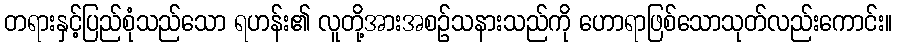
တရားနှင့်ပြည်စုံသည်သော ရဟန်း၏ လူတို့အားအစဉ်သနားသည်ကို ဟောရာဖြစ်သောသုတ်လည်းကောင်း။